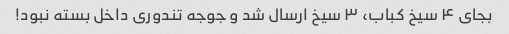
بجای ۴ سیخ کباب، ۳ سیخ ارسال شد و جوجه تندوری داخل بسته نبود!